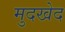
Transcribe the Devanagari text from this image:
मुदखेद